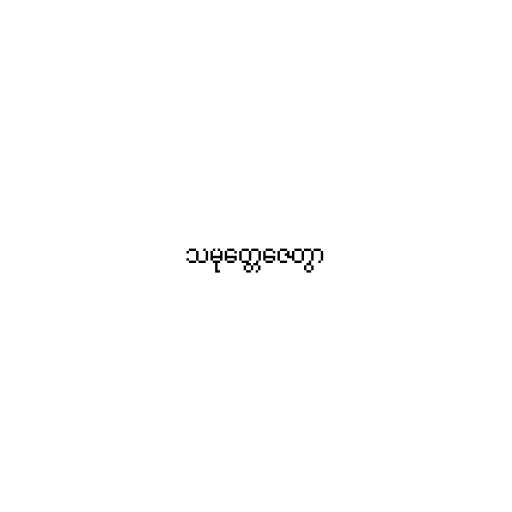
သမုတ္တေဇေတွာ